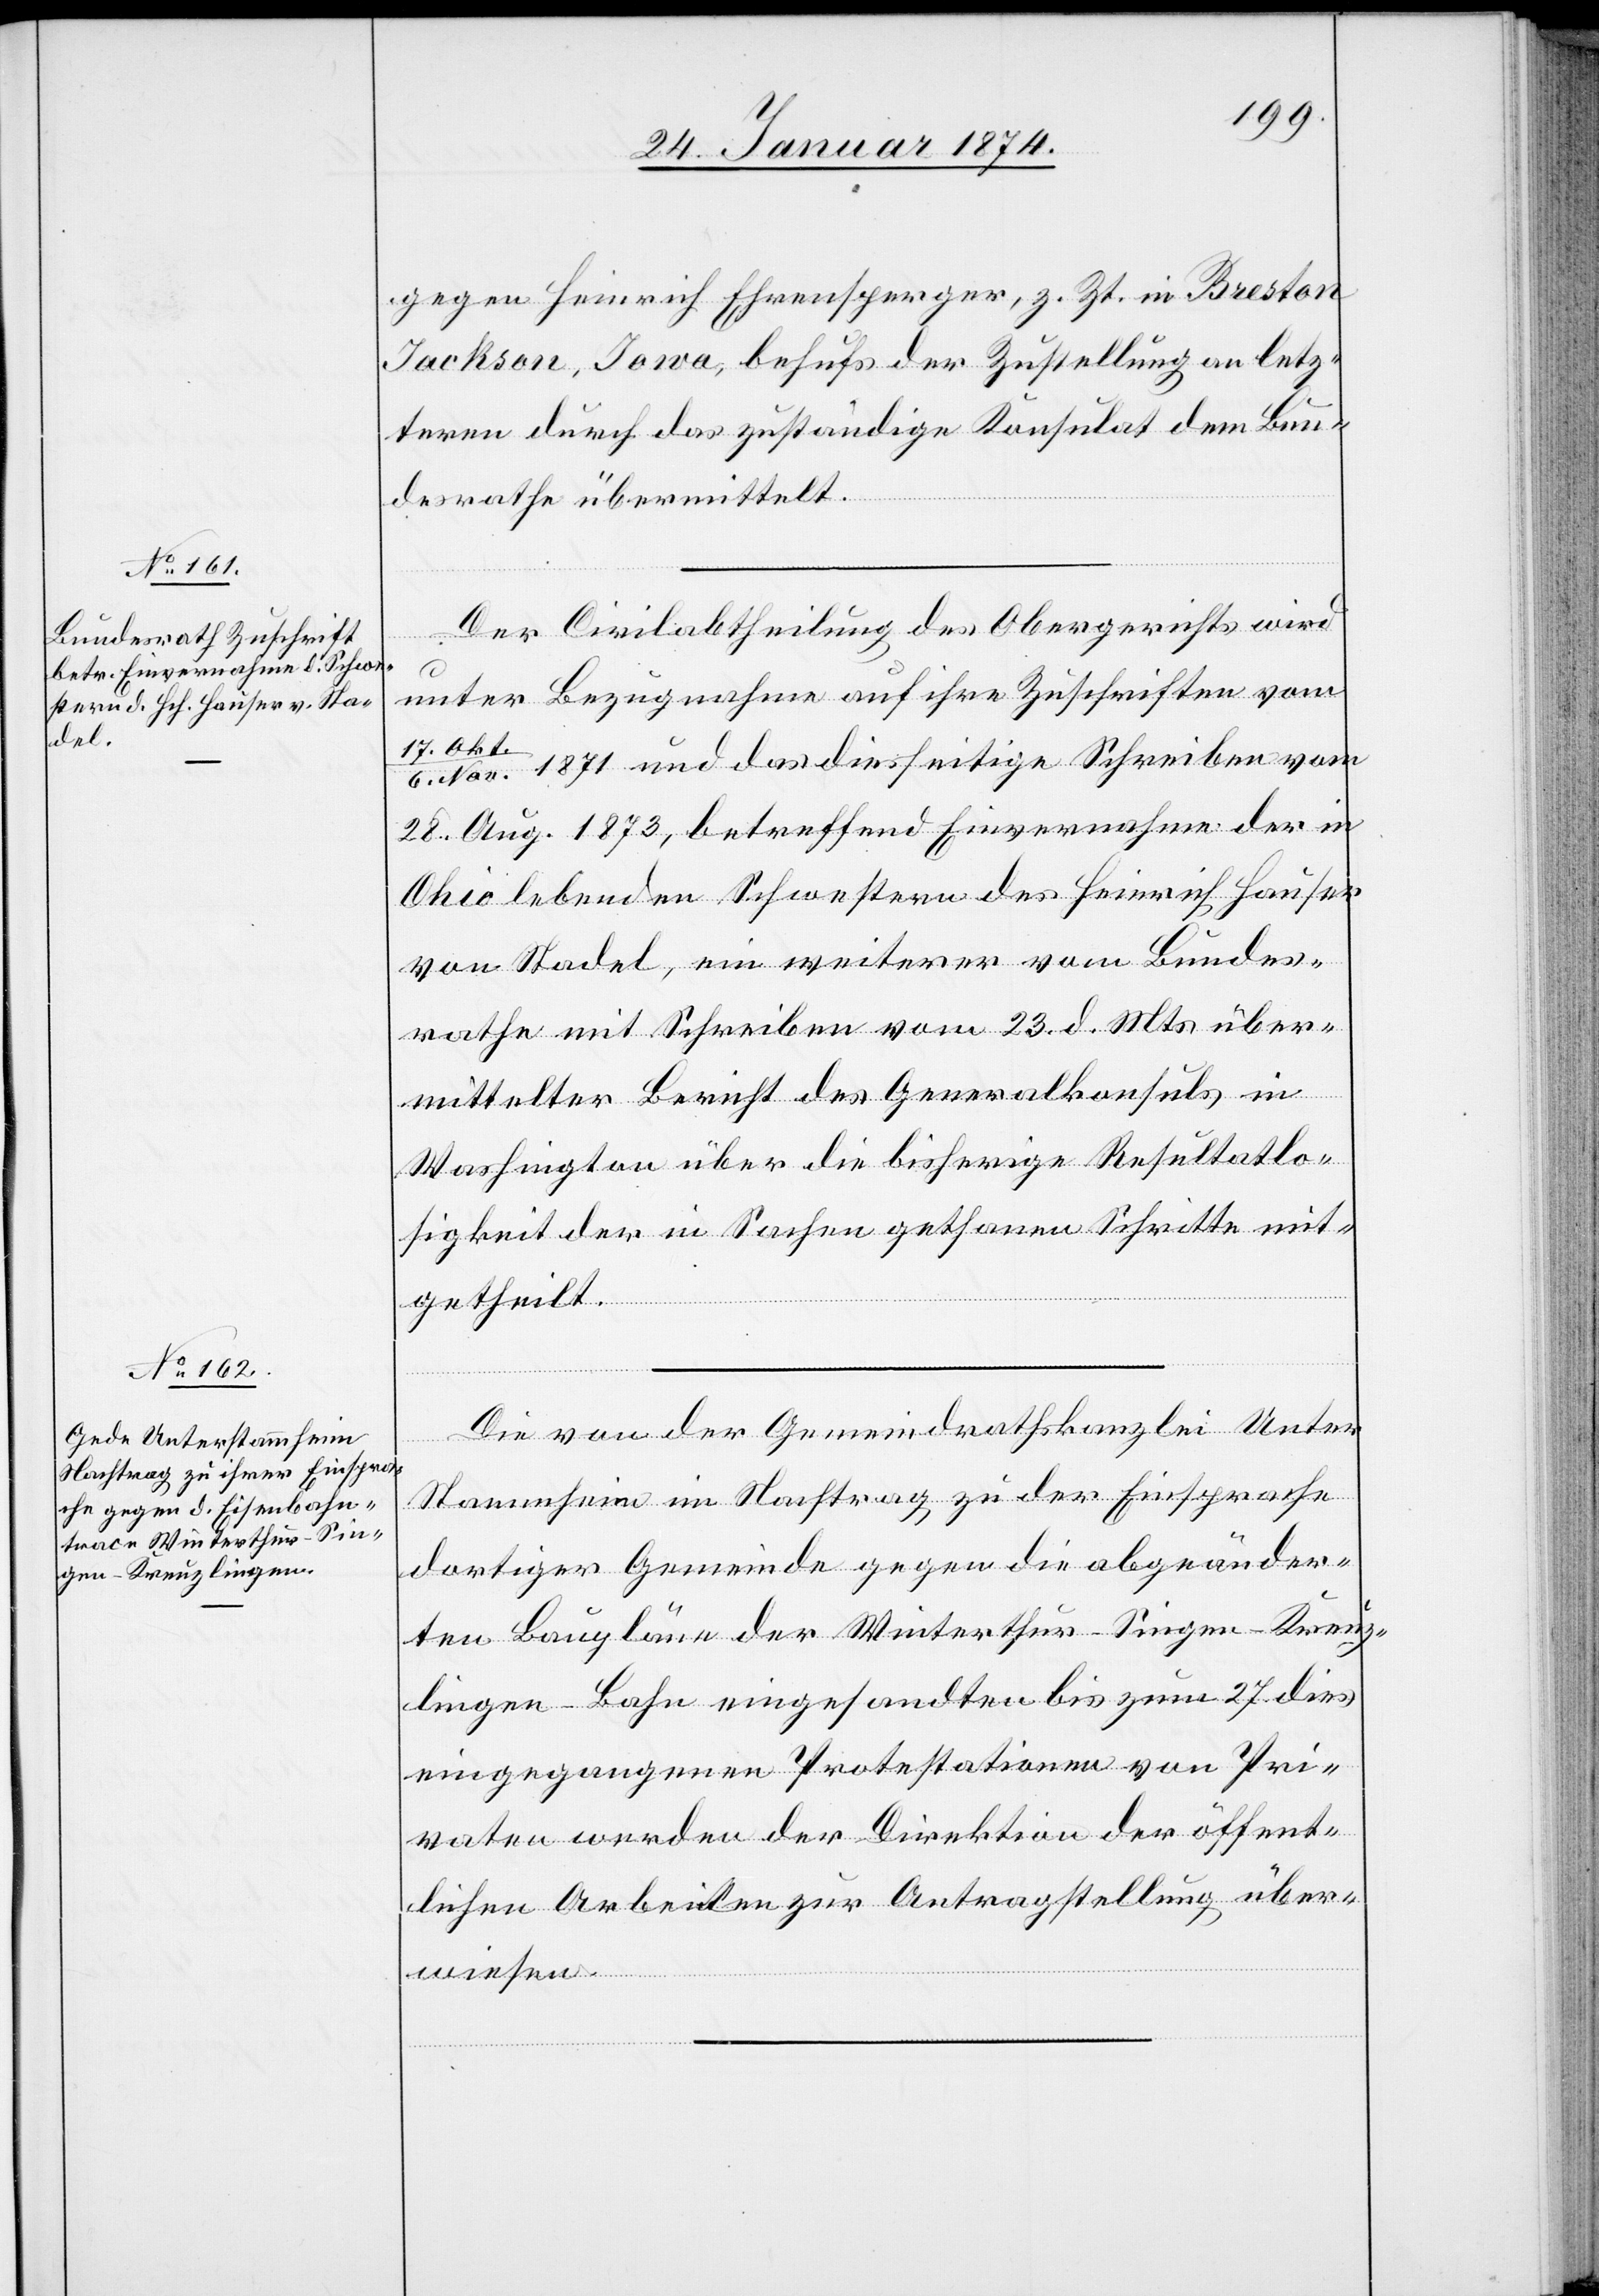
28. Januar 1874.]
gegen Heinrich Ehrensperger, z. Zt. in Breston
Jackson, Iowa, behufs der Zustellung an letz¬
teren durch das zuständige Konsulat dem Bun¬
desrathe übermittelt.
Der Civilabtheilung des Obergerichts wird
unter Bezugnahme auf ihre Zuschriften vom
17. Okt
6. Nov. 1871 und das diesseitige Schreiben vom
28. Aug. 1873, betreffend Einvernahme der in
Ohio lebenden Schwestern des Heinrich Hauser
von Stadel, ein weiterer vom Bundes¬
rathe mit Schreiben vom 23. d. Mts. über¬
mittelter Bericht des Generalkonsuls in
Washington über die bisherige Resultatlo¬
sigkeit der in Sachen gethanen Schritte mit¬
getheilt.
Die von der Gemeindrathskanzlei Unter
Stammheim [sic!] im Nachtrag zu der Einsprache
dortiger Gemeinde gegen die abgeänder¬
ten Baupläne der Winterthur-Singen-Kreuz¬
lingen-Bahn eingesandten bis zum 27. dies
eingegangenen Protestationen von Pri¬
vaten werden der Direktion der öffent¬
lichen Arbeiten zur Antragstellung über¬
wiesen.